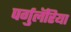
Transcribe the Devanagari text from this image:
पर्गुलॅरिया